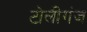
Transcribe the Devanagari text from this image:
टोलीगंज